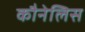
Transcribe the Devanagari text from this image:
कौनेलिस